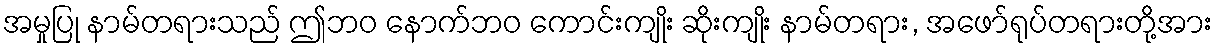
အမှုပြု နာမ်တရားသည် ဤဘဝ နောက်ဘဝ ကောင်းကျိုး ဆိုးကျိုး နာမ်တရား, အဖော်ရုပ်တရားတို့အား